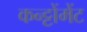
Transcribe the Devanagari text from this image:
कन्ट्टोंमेंट